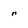
Character: r